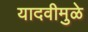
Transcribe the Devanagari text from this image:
यादवीमुळे